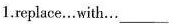
1.replace…with…___